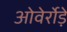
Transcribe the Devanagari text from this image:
ओवेर्रोड़े